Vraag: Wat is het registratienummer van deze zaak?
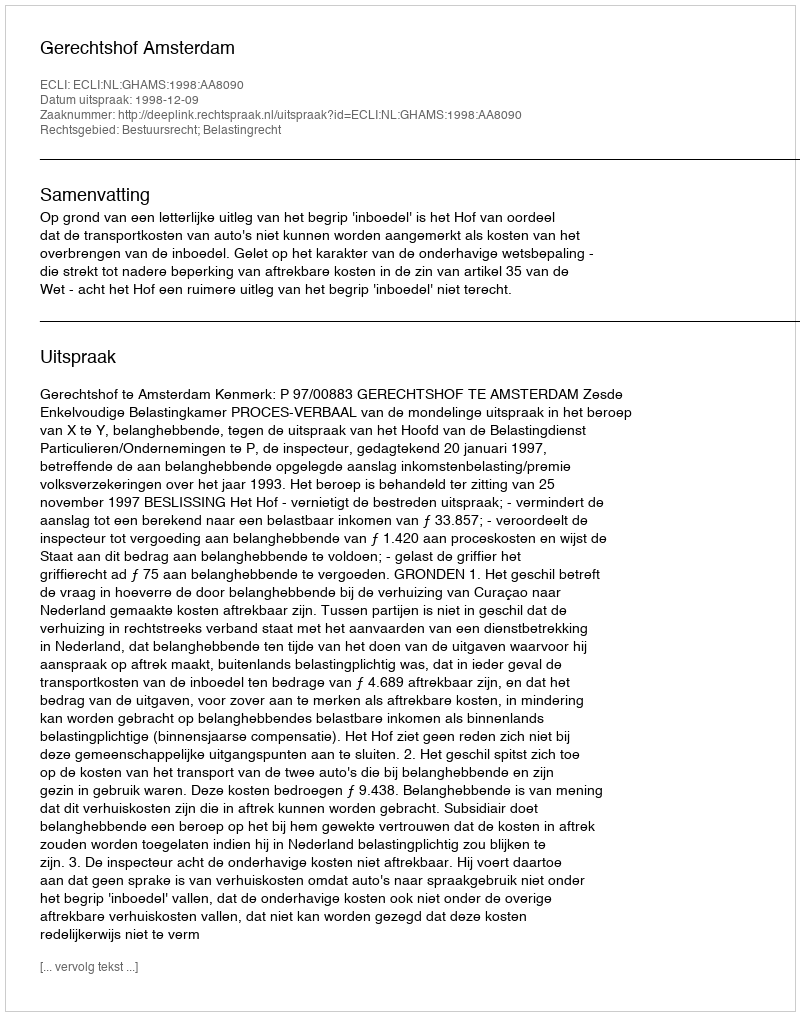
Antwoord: http://deeplink.rechtspraak.nl/uitspraak?id=ECLI:NL:GHAMS:1998:AA8090